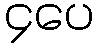
၄ပေ